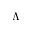
\Lambda